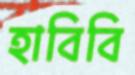
হাবিবি